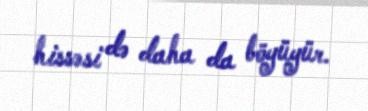
hissəsi də daha da böyüyür.